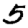
Digit: 5